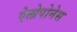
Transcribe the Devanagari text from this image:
ऐलोपोनेस